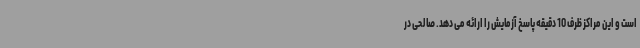
است و این مراکز ظرف 10 دقیقه پاسخ آزمایش را ارائه می دهد. صالحی در